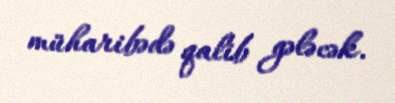
müharibədə qalib gələcək.